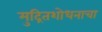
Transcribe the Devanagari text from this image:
मुद्रितशोधनाचा